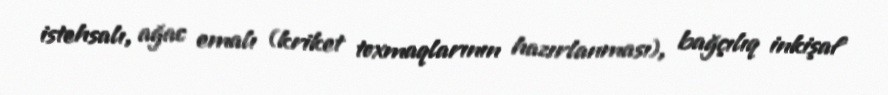
istehsalı, ağac emalı (kriket toxmaqlarının hazırlanması), bağçılıq inkişaf